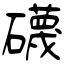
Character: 礣